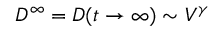
D ^ { \infty } = D ( t \to \infty ) \sim V ^ { \gamma }